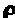
e